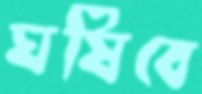
ঘষিবে